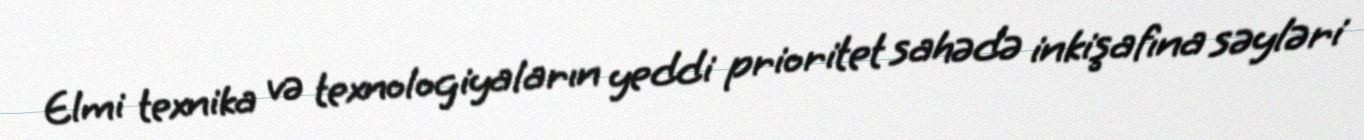
Elmi texnika və texnologiyaların yeddi prioritet sahədə inkişafına səyləri